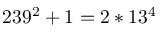
2 3 9 ^ { 2 } + 1 = 2 * 1 3 ^ { 4 }